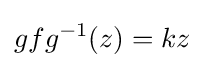
gfg^{-1}(z)=kz